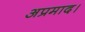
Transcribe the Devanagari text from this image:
अप्रमाद।